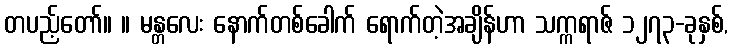
တပည့်တော်။ ။ မန္တလေး နောက်တစ်ခေါက် ရောက်တဲ့အချိန်ဟာ သက္ကရာဇ် ၁၂၇၃-ခုနှစ်,